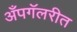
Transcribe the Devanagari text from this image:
अँपगॅलरीत